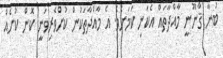
ބުނާ ޤާނޫނީ މާއްދާތައް އެކަނި ކަމަށެވެ. އެ މާއްދާތަކުން ކުށްވެރިވަނީ ކޮން ކުށެއް